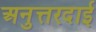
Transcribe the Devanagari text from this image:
अनुत्तरदाई